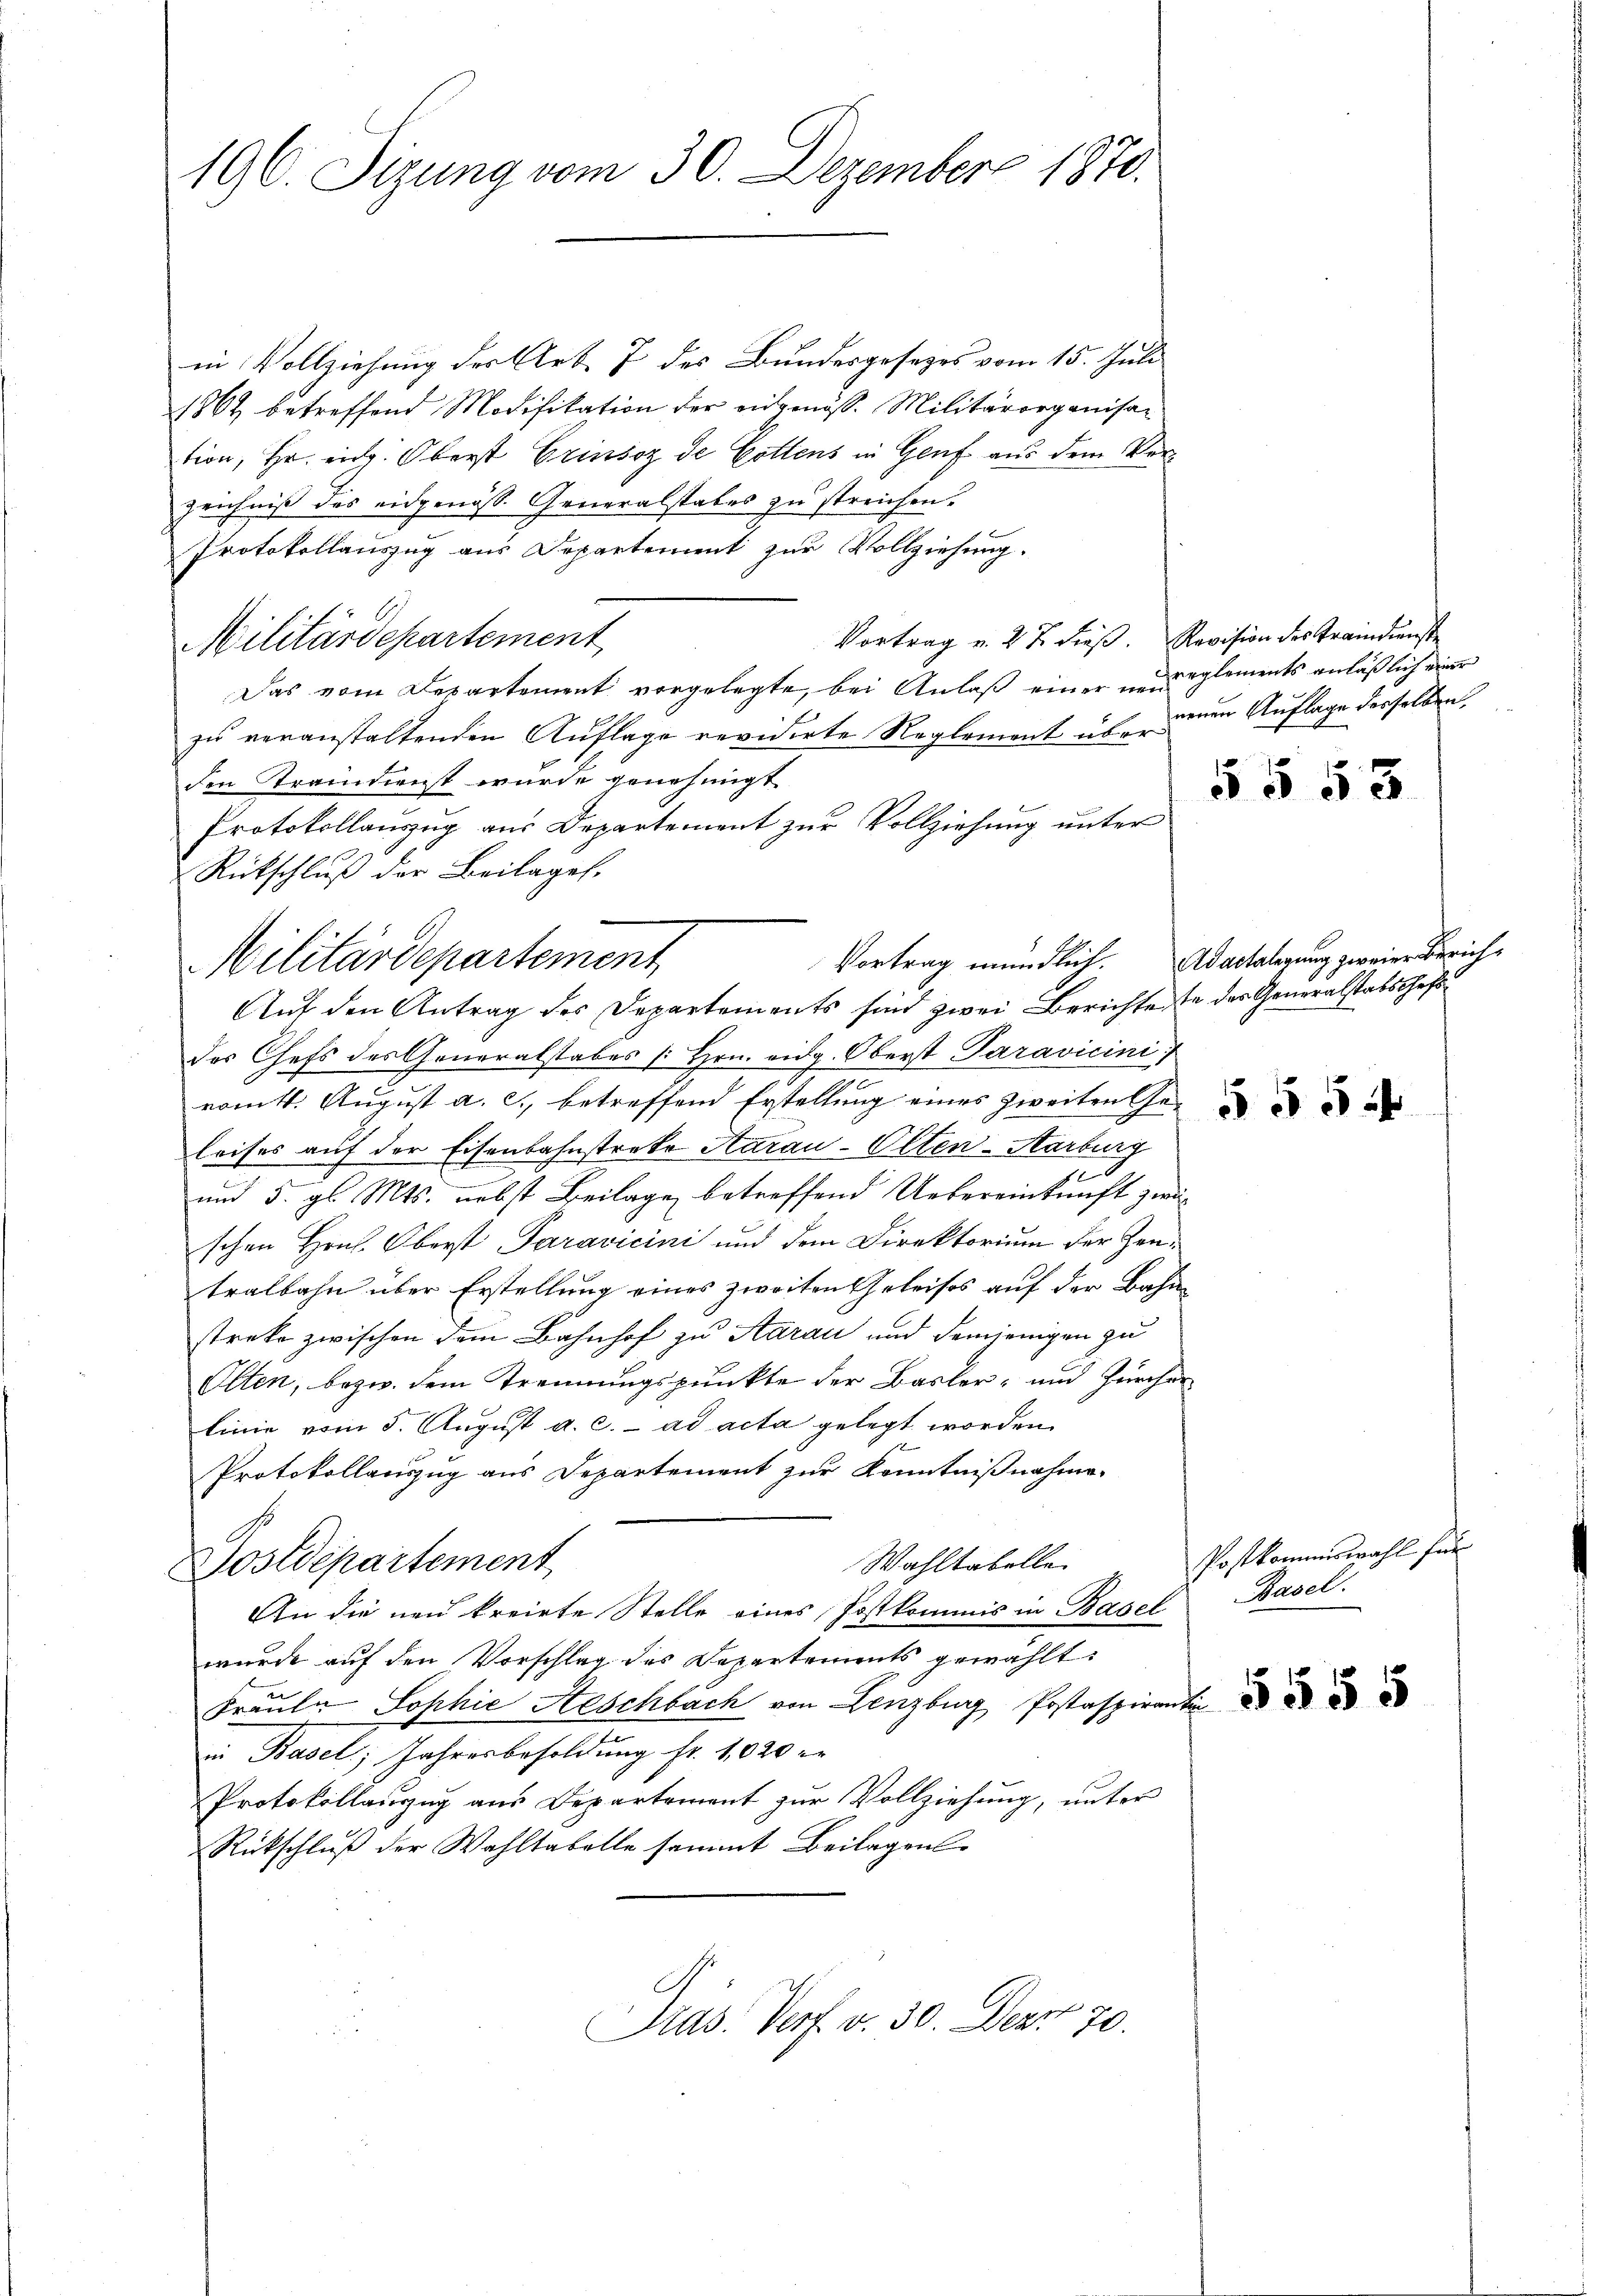
196. Sizung vom 30. Dezember 1870.

in Vollziehung der Art. 7 des Bundesgesezes vom 15. Juli
1862 betreffend Modifikation der eidgenöss. Militärorganisaz
tion, Hr. eidg. Oberst Grinsoz de Gottens in Genf aus dem Verzeichniß des eidgenöss. Generalstabes zu streichen.
Protokollauszug aus Departement zur Vollziehung.
Vortrag v. 27. dieß. Revision des Traindienste
Militärdepartement
Das vom Departement vorgelegte, bei Anlaß einer „glements anläßlich einer
zu veranstaltenden Auflage revidirte Reglement überden Straindienst wurde genehmigt
Protokollauszug aus Departement zur Vollziehung unter
Rückschluß der Beilagen.
Auf den Antrag des Departements sind zwei Berichte se des Generalstabschefsdes Chefs des Generalstabes Hrn. eidg. Oberst Paravicini
romtt. August a. c., betreffend Erstellung eines zweiten Geleises auf der Eisenbahnstreke Aarau-Olten-Aarburg
und 3. gl. Mts. nebst Beilage betreffend Uebereinkunft zwischen Hons. Oberst Paravicini und dem Direktorium der Zeutralbahn über Erstellung eines zweiten Geleises auf der Bahn
streke zwischen dem Bahnhof zu Aarau und demjenigen zu
Olten, bezw. dem Trennungspunkte der Basler- und Zürcher
linie vom 5. August a. c. ad acta gelegt worden
1
Protokollauszug aus Departement zur Kenntnißnahme.
Wahltabelle
Sostdepartement
An die neu kreirte Stelle eines Postkommis in Basel
wurde auf den Vorschlag des Departements gewählt:
Fräule Sophie Aeschbach von Lenzburg Postaspirantin
in Basel; Jahresbesoldung fr. 1020 er
Protokollinzug aus Departement zur Vollziehung, unter
Rückschluß der Wahltabelle sammt Beilagen
Präs. Verf. v. 30. Dez. 70.

Militärdepartement

neuen Auflage desselben,

Vortrag mündlich. Adartalegung zweier Zürich¬

5 § 53

Postkommiswahl für
Basel.